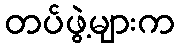
တပ်ဖွဲ့များက